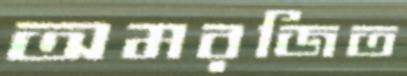
অমরজিত